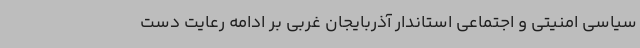
سیاسی امنیتی و اجتماعی استاندار آذربایجان غربی بر ادامه رعایت دست